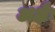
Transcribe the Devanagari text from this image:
अक्षैः